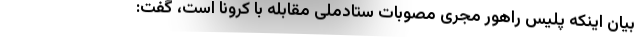
بیان اینکه پلیس راهور مجری مصوبات ستادملی مقابله با کرونا است، گفت: